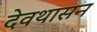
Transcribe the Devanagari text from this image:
देवथासन